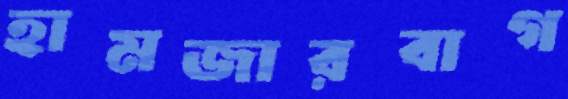
হামজারবাগ